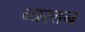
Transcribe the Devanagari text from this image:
व्यस्तन